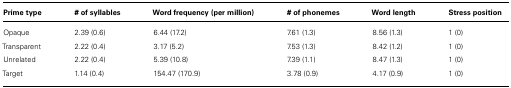
| Prime type | # of syllables | Word frequency | (per million) | # of phonemes | Word length | Stress position |
 | --- | --- | --- | --- | --- | --- | --- |
 | Opaque | 2.39 (0.6) | 6.44 (17.2) | 7.61 (1.3) | 8.56 (1.3) | 1 (0) |
 | Transparent | 2.22 (0.4) | 3.17 (5.2) | 7.53 (1.3) | 8.42 (1.2) | 1 (0) |
 | Unrelated | 2.22 (0.4) | 5.39 (10.8) | 7.39 (1.1) | 8.47 (1.3) | 1 (0) |
 | Target | 1.14 (0.4) | 154.47 (170.9) | 3.78 (0.9) | 4.17 (0.9) | 1 (0) |